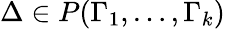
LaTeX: \Delta\in P(\Gamma_{1},\dots,\Gamma_{k})